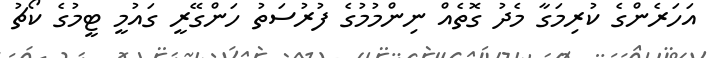
އަހަރެންގެ ކުރިމަގާ މެދު ގޮތެއް ނިންމުމުގެ ފުރުސަތު ހަންގޭރީ ގައުމީ ޓީމުގެ ކޯޗު